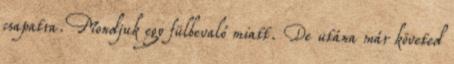
csapatra. Mondjuk egy fülbevaló miatt. De utána már követed